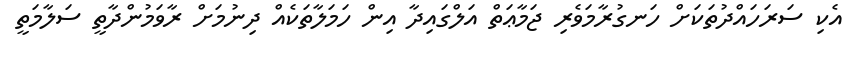
އެކި ސަރަހައްދުތަކަށް ހަނގުރާމަވެރި ޖަމާޢަތް އަލްގައިދާ އިން ހަމަލާތަކެއް ދިނުމަށް ރާވަމުންދާތީ ސަލާމަތީ